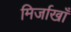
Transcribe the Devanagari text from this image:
मिर्जाखाँ